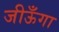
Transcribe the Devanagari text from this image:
जीऊँगा